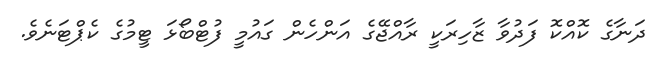
ދަނާގެ ކޮއްކޮ ފަދުވާ ޒާހިރަކީ ރާއްޖޭގެ އަންހެން ގައުމީ ފުޓްބޯޅަ ޓީމުގެ ކެޕްޓަނެވެ.